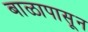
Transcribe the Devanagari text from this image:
बाळापासून